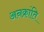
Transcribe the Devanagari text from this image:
अनक्रांति